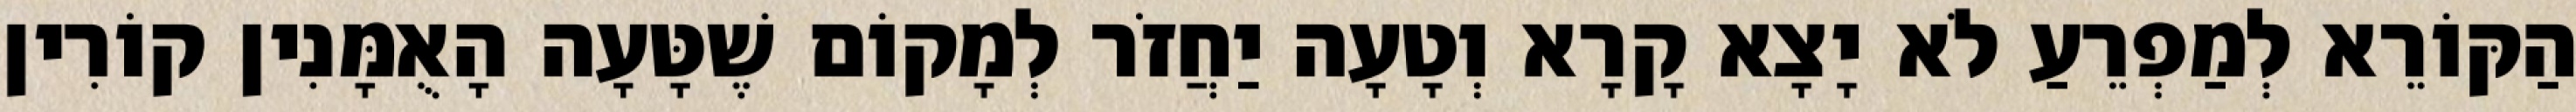
הַקּוֹרֵא לְמַפְרֵעַ לֹא יָצָא קָרָא וְטָעָה יַחֲזֹר לְמָקוֹם שֶׁטָּעָה הָאֻמָּנִין קוֹרִין